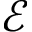
\mathcal { E }